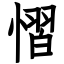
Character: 慴